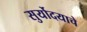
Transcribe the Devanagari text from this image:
सुर्योदयाचे